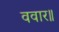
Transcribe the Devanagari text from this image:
ववार॥